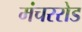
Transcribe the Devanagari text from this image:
मंचररोड